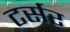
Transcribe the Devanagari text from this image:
टर्सर